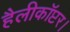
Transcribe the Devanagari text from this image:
हैलीकॉप्टर।